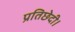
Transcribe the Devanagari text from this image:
प्रतिछेदी।